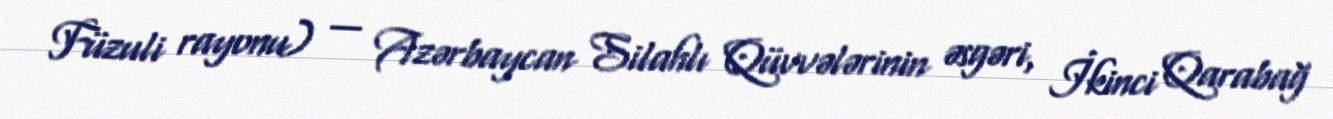
Füzuli rayonu) — Azərbaycan Silahlı Qüvvələrinin əsgəri, İkinci Qarabağ